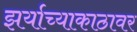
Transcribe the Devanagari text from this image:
झर्याच्याकाठावर